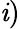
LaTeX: \mathit{i})